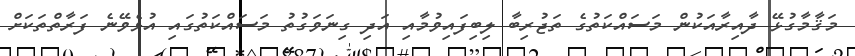
މަޤާމާގުޅޭ ދާއިރާއަކުން މަސައްކަތުގެ ތަޖުރިބާ ލިބިފައިވުމާއި އަދި ގިނަވަގުތު މަސައްކަތުގައި އުޅެވޭނެ ފަރާތްތަކަށް